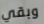
وبقي